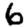
Digit: 6